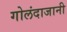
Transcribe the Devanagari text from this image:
गोलंदाजानी